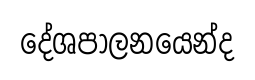
දේශපාලනයෙන්ද